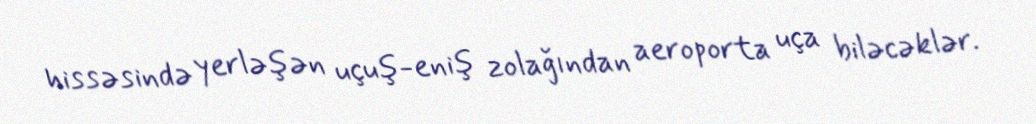
hissəsində yerləşən uçuş-eniş zolağından aeroporta uça biləcəklər.